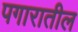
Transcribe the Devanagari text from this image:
पगारातील